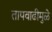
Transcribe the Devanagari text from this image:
तापवाढीमुळे